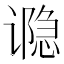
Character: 𮙊